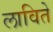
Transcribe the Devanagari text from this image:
लाविते